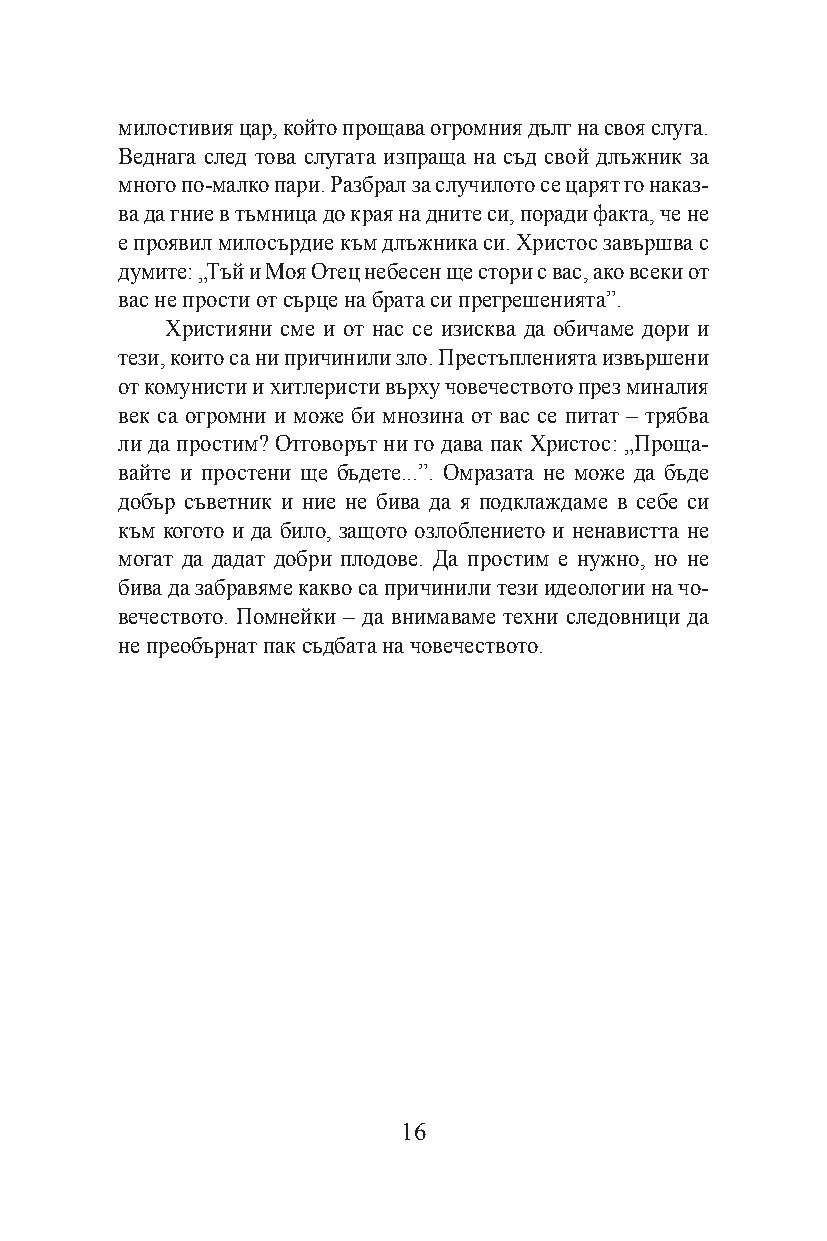
милостивия цар, който прощава огромния дълг на своя слуга.
 Веднага след това слугата изпраща на съд свой длъжник за
 много по-малко пари. Разбрал за случилото се царят го наказ-
 ва да гние в тъмница до края на дните си, поради факта, че не
 е проявил милосърдие към длъжника си. Христос завършва с
 думите: „Тъй и Моя Отец небесен ще стори с вас, ако всеки от
 вас не прости от сърце на брата си прегрешенията”.
 Християни сме и от нас се изисква да обичаме дори и
 тези, които са ни причинили зло. Престъпленията извършени
 от комунисти и хитлеристи върху човечеството през миналия
 век са огромни и може би мнозина от вас се питат – трябва
 ли да простим? Отговорът ни го дава пак Христос: „Проща-
 вайте и простени ще бъдете...”. Омразата не може да бъде
 добър съветник и ние не бива да я подклаждаме в себе си
 към когото и да било, защото озлоблението и ненавистта не
 могат да дадат добри плодове. Да простим е нужно, но не
 бива да забравяме какво са причинили тези идеологии на чо-
 вечеството. Помнейки – да внимаваме техни следовници да
 не преобърнат пак съдбата на човечеството.
 16